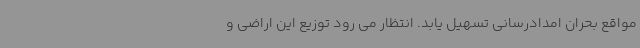
مواقع بحران امدادرسانی تسهیل یابد. انتظار می رود توزیع این اراضی و